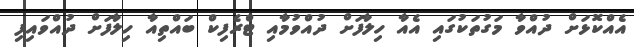
އެއްކޮޅަށް ދުއްވާ މަގުތަކުގައި އެއާ ހިލާފަށް ދުއްވުމާއި ޓްރެފިކް ބައްތިއާ ހިލާފަށް ދުއްވައިފި